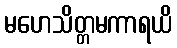
မဟေသိတ္တမကာရယိ